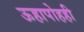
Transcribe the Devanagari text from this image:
ऊहापोहही